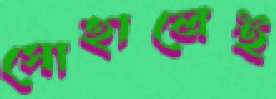
সোহালেই